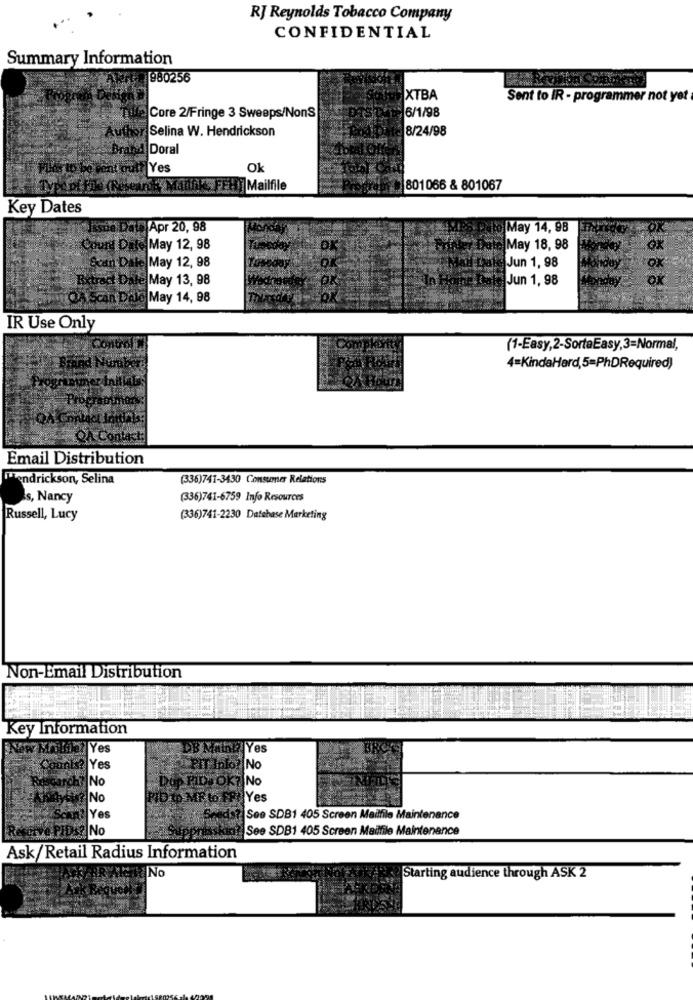
RJ Reynolds Tobacco Company
CONFIDENTIAL
Summary Information
980256
XTBA
Sent to IR - programmer not yet
6/1/98
Core 2/Fringe 3 Sweeps/NonS
Selina W. Hendrickson
8/24/98
Doral
Yes
Ok
FEHLT Mailfile
801066 & 801067
Key Dates
Apr 20, 98
May 14, 98
Count D
May 12, 98
May 18, 98
Sosn Date May 12, 98
Jun 1, 98
Extract Dale May 13, 98
Jun 1, 98
2A Scan Dele May 14, 98
IR Use Only
(1-Easy,2-SortaEasy,3=Normal,
Brand
4=KindaHard,5=PhDRequired)
Email Distribution
Hendrickson, Selina
(336)741-3430 Consumer Relations
Is, Nancy
(336)741-6759 Info Resources
Russell, Lucy
(336)741-2230 Database Marketing
Non-Email Distribution
Key Information
?|Yes
DB Mand Yes
?|Yes
PIT Info ?!
No
No
PIDI OK
No
DO
No
Yes
Yes
See SDB1 405 Screen Mailfile Maintenance
2 No
See SDB1 405 Screen Mailfile Maintenance
Ask/Retail Radius Information
No
Starting audience through ASK 2